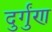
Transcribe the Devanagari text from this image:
दुर्गुंण